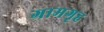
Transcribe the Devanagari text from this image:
ग्रामगृह